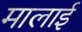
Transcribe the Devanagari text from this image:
मालाई